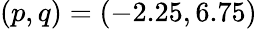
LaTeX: (p,q)=(-2.25,6.75)